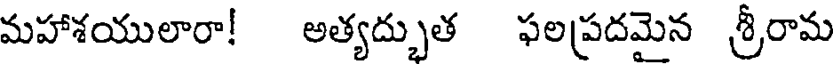
మహాశయులారా! అత్యద్భుత ఫలప్రదమైన శ్రీరామ